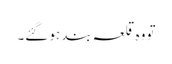
تو وہ قلعہ بند ہو گئے۔